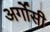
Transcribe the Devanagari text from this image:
अर्गोसी